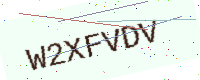
Text: W2XFVDV